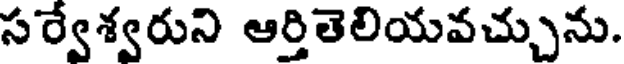
సర్వేశ్వరుని ఆర్తితెలియవచ్చును.